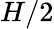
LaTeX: H/2